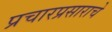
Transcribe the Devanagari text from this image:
प्रचारप्रसाराचे